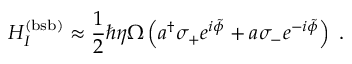
H _ { I } ^ { ( \mathrm { b s b ) } } \approx \frac { 1 } { 2 } \hbar \eta \Omega \left( a ^ { \dagger } \sigma _ { + } e ^ { i \tilde { \phi } } + a \sigma _ { - } e ^ { - i \tilde { \phi } } \right) \; .